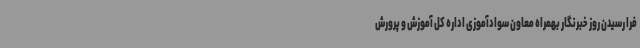
فرا رسیدن روز خبرنگار بهمراه معاون سوادآموزی اداره کل آموزش و پرورش